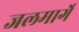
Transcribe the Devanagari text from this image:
जलमार्गे